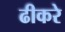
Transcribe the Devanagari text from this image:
ढीकरे